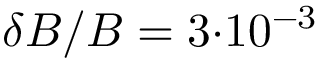
\delta B / B = 3 { \cdot } 1 0 ^ { - 3 }